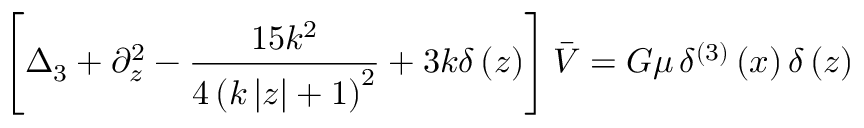
\left[ \Delta _ { 3 } + \partial _ { z } ^ { 2 } - \frac { 1 5 k ^ { 2 } } { 4 \left( k \left| z \right| + 1 \right) ^ { 2 } } + 3 k \delta \left( z \right) \right] \bar { V } = G \mu \, \delta ^ { ( 3 ) } \left( x \right) \delta \left( z \right)